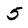
Character: 5